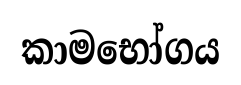
කාමභෝගය